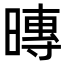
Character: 暷